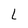
Character: L